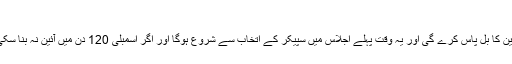
آرٹیکل 24
قومی اسمبلی 120 دن کے اندر آئین کا بل پاس کرے گی اور یہ وقت پہلے اجلاس میں سپیکر کے اتخاب سے شروع ہوگا اور اگر اسمبلی 120 دن میں آئین نہ بنا سکی تو خود بخود تحلیل ہو جائے گی۔